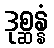
ဒုစ္ဆန္နံ